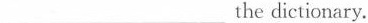
___the dictionary.